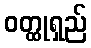
ဝတ္ထုရှည်